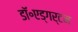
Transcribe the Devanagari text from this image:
डॉ॰एड्गर्टन